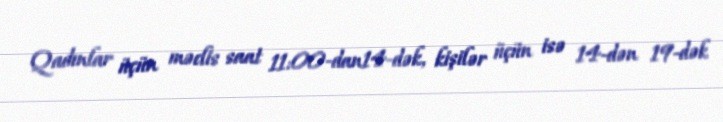
Qadınlar üçün məclis saat 11:00-dan14-dək, kişilər üçün isə 14-dən 19-dək